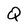
Character: Q